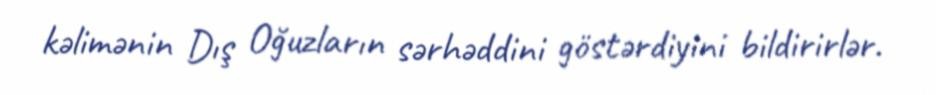
kəlimənin Dış Oğuzların sərhəddini göstərdiyini bildirirlər.